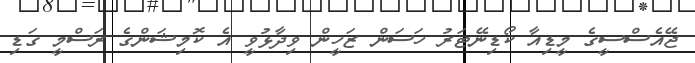
ޖޭއެސްސީގެ މީޑިއާ ކޯޑިނޭޓަރު ހަސަން ޒަހީން ވިދާޅުވީ އެ ކޮމިޝަންގެ ރަސްމީ ގަޑި